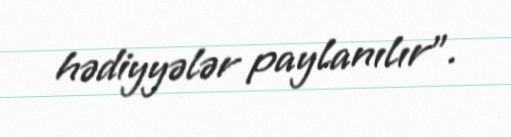
hədiyyələr paylanılır".